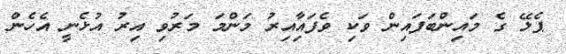
ޕެލޭ ގެ މައިންބަފައިން ވަކި ވެފައިާއިރު މަންމަ މަރުވި އިރު އުޅެނީ އެހެން